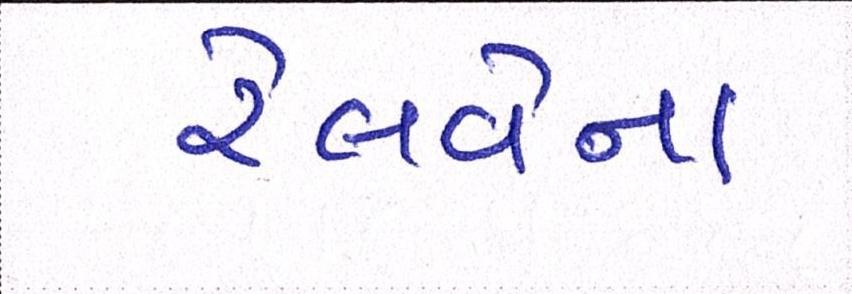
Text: રેલવેના